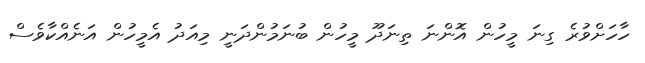
ހާހަށްވުރެ ގިނަ މީހުން އޮންނަ ތިނަދޫ މީހުން ބުނަމުންދަނީ މިއަދު އެމީހުން އަނެއްކާވެސް